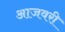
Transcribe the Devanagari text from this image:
आजवरी